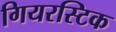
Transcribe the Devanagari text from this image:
गियरस्टिक